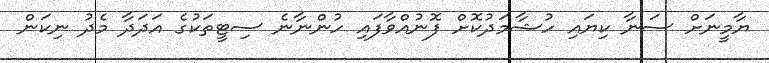
ޔާމީނަށް ސަނާ ކިޔައި ހުޝާމަދުކޮށް ފޮނުއްވާފައި ހުންނާނެ ސިޓީތަކުގެ އަދަދާ މެދު ނިކަން